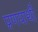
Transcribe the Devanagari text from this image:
प्रणयार्थी